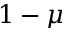
1 - \mu